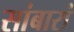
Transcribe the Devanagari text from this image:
सांबारां